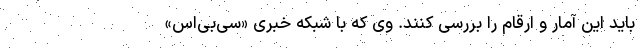
باید این آمار و ارقام را بررسی کنند. وی که با شبکه خبری «سی‌بی‌اس»